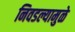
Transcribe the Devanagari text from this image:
निवडल्यामुळे